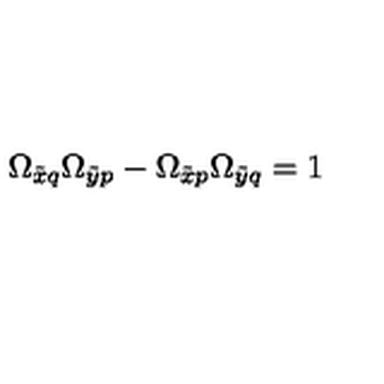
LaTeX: \Omega _ { \tilde { x } q } \Omega _ { \tilde { y } p } - \Omega _ { \tilde { x } p } \Omega _ { \tilde { y } q } = 1